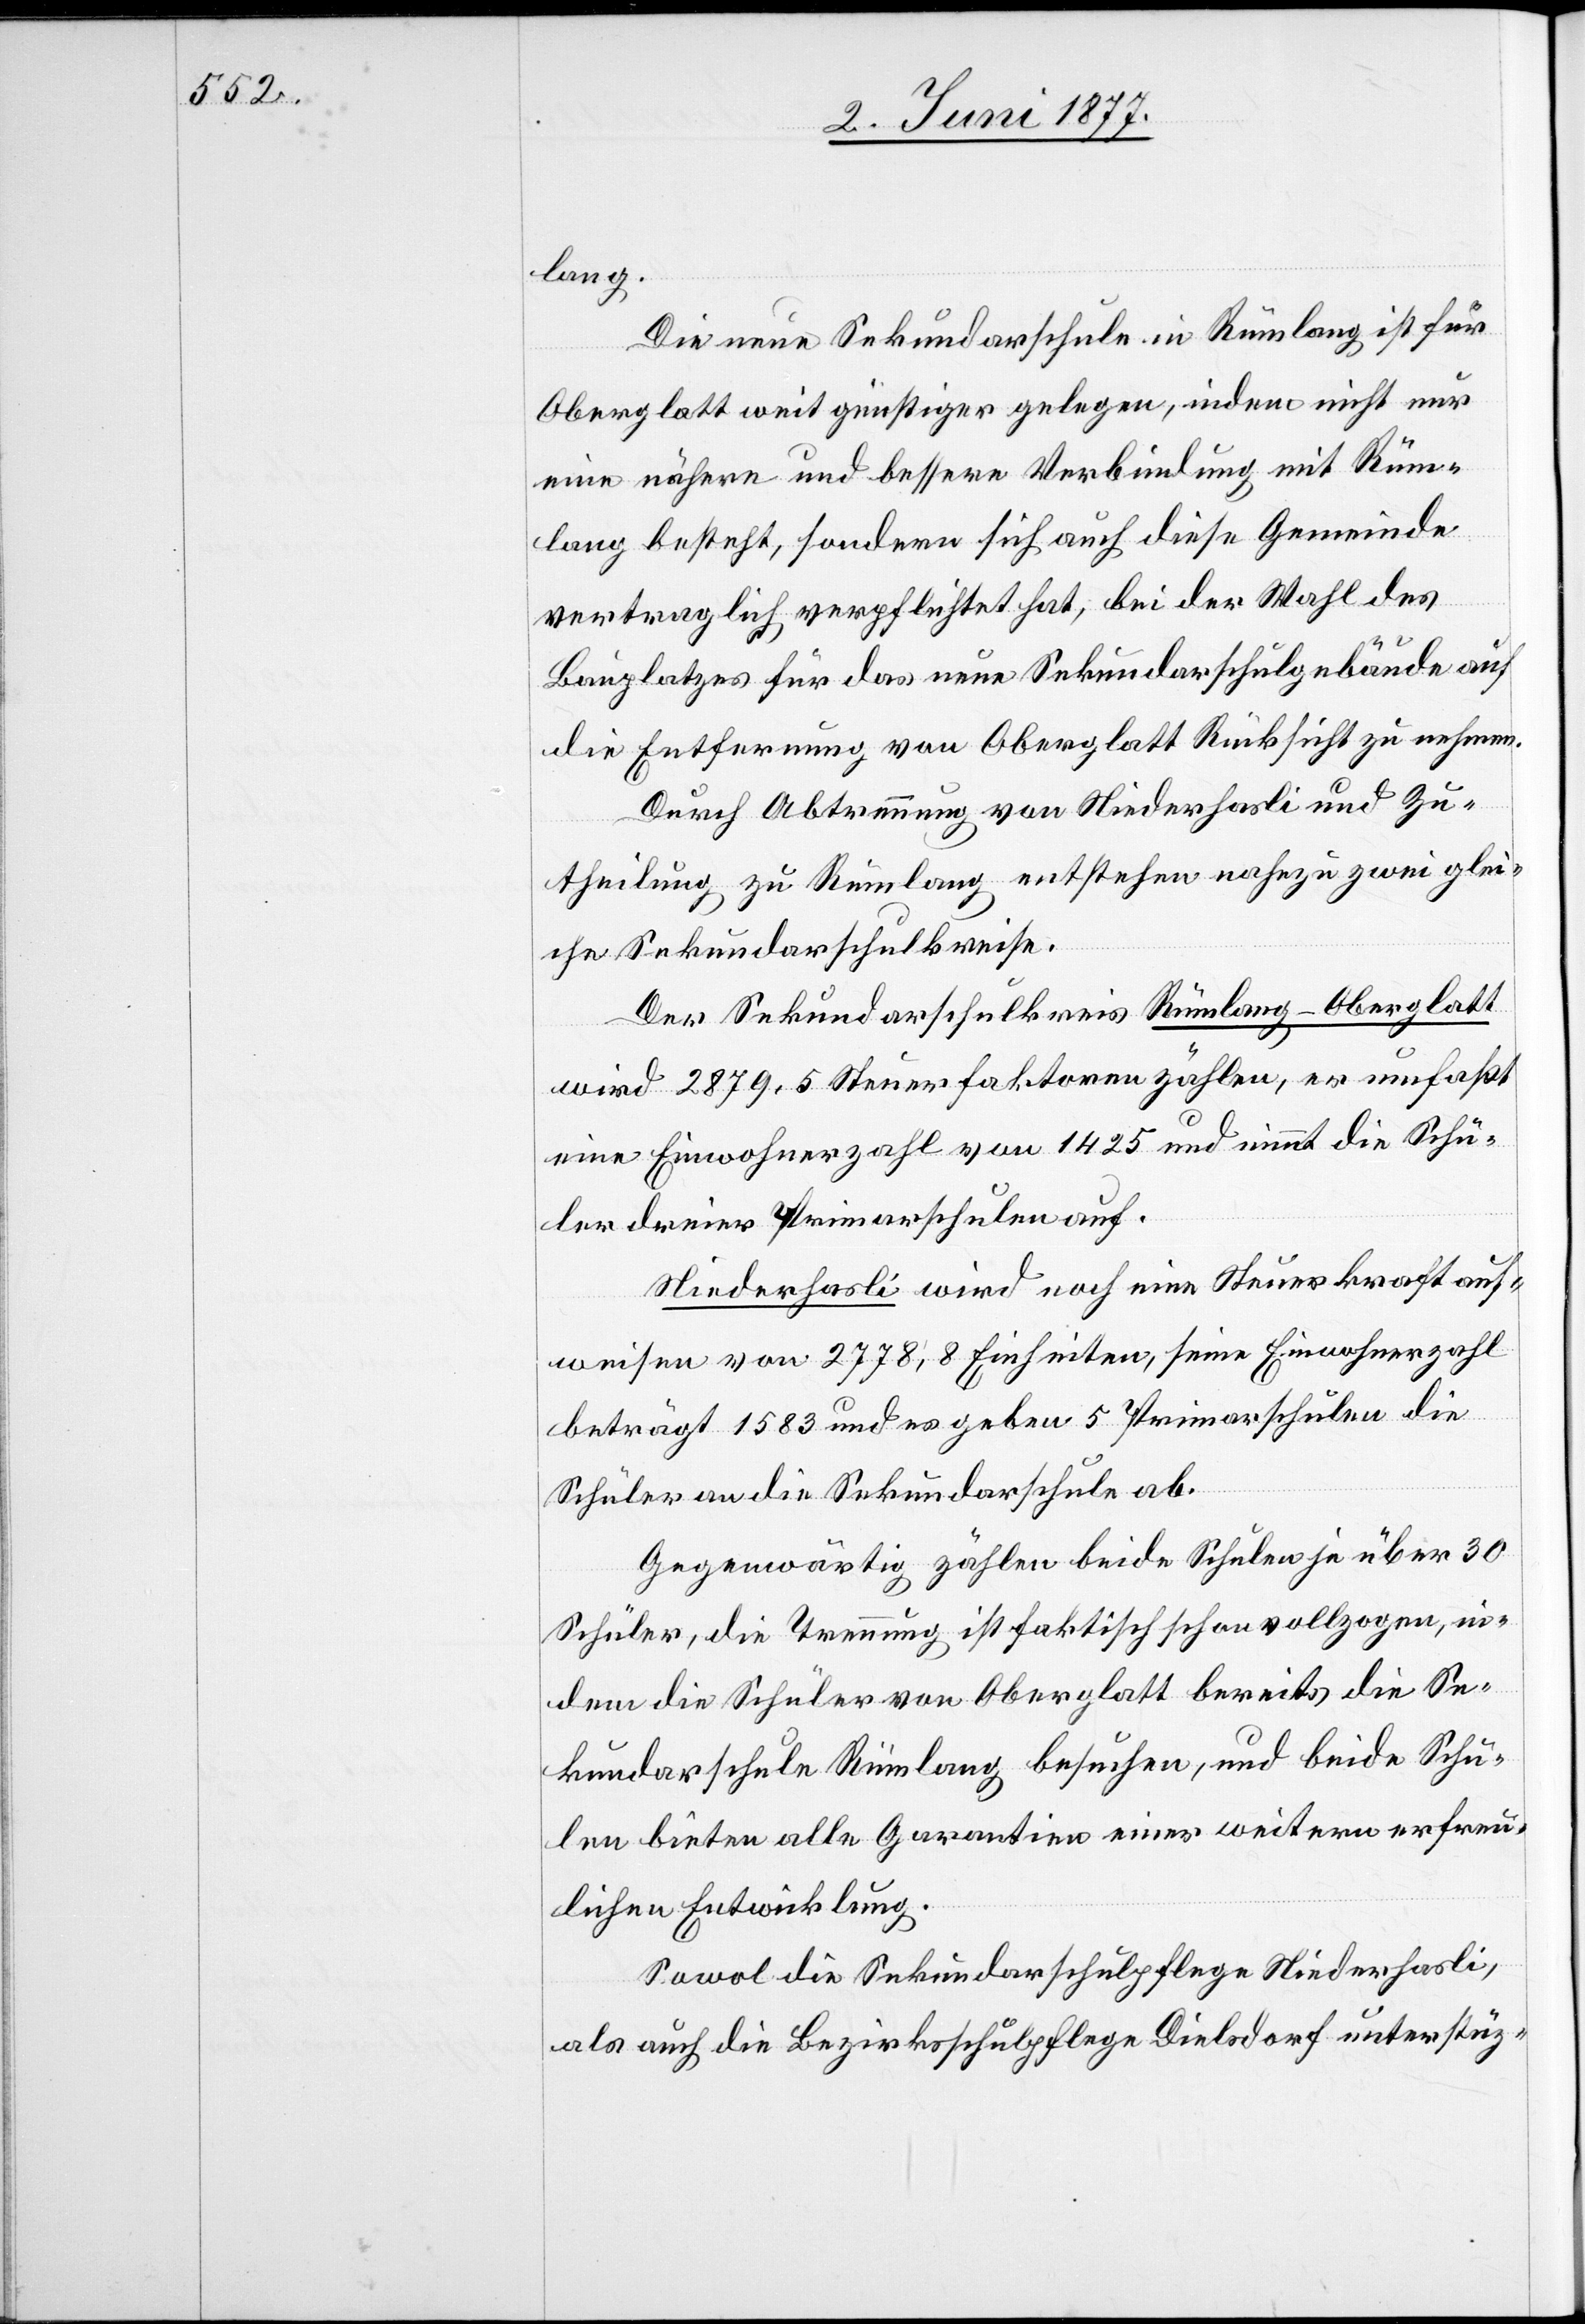
lang.
Die neue Sekundarschule in Rümlang ist für
Oberglatt weit günstiger gelegen, indem nicht nur
eine nähere und bessere Verbindung mit Rüm¬
lang besteht, sondern sich auch diese Gemeinde
vertraglich verpflichtet hat, bei der Wahl des
Bauplatzes für das neue Sekundarschulgebäude auf
die Entfernung von Oberglatt Rücksicht zu nehmen.
Durch Abtrennung von Niederhasli und Zu¬
theilung zu Rümlang entstehen nahezu zwei glei¬
che Sekundarschulkreise.
Der Sekundarschulkreis Rümlang-Oberglatt
wird 2879,5 Steuerfaktoren zählen, er umfaßt
eine Einwohnerzahl von 1425 und nimmt die Schü¬
ler dreier Primarschulen auf.
Niederhasli wird noch eine Steuerkraft auf¬
weisen von 2778,8 Einheiten, seine Einwohnerzahl
beträgt 1583 und es geben 5 Primarschulen die
Schüler an die Sekundarschule ab.
Gegenwärtig zählen beide Schule je über 30
Schüler, die Trennung ist faktisch schon vollzogen, in¬
dem die Schüler von Oberglatt bereits die Se¬
kundarschule Rümlang besuchen, und beide Schu¬
len bieten alle Garantien einer weitern erfreu¬
lichen Entwicklung.
Sowol die Sekundarschulpflege Niederhasli,
als auch die Bezirksschulpflege Dielsdorf unterstüz-